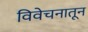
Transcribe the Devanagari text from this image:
विवेचनातून